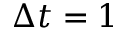
\Delta t = 1